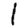
Digit: 1